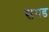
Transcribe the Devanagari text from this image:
सगड